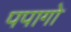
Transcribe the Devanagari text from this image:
पपागो